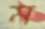
ম